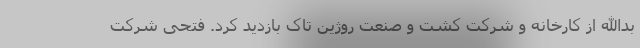
بدالله از کارخانه و شرکت کشت و صنعت روژین تاک بازدید کرد. فتحی شرکت